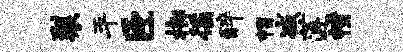
裂平臣榔徭醉帽减莲幢